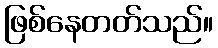
ဖြစ်နေတတ်သည်။